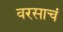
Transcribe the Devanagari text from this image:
वरसाचं